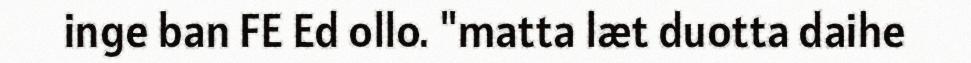
inge ban FE Ed ollo. "matta læt duotta daihe